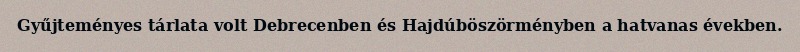
Gyűjteményes tárlata volt Debrecenben és Hajdúböszörményben a hatvanas években.